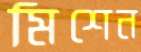
মিশেন